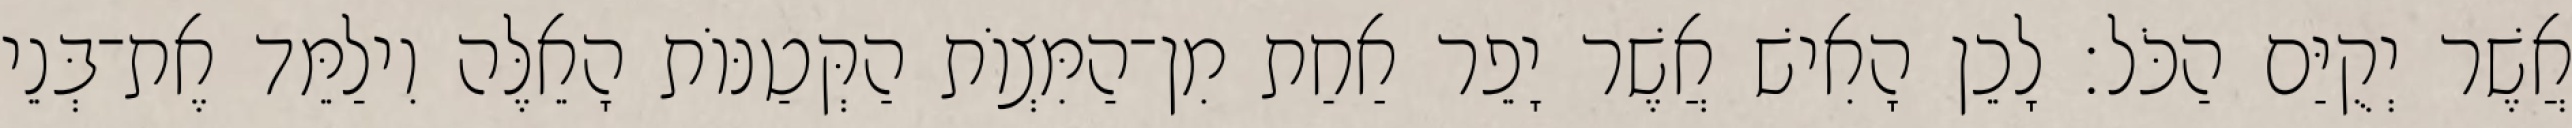
אֲשֶׁר יְקֻיַּם הַכֹּל׃ לָכֵן הָאִישׁ אֲשֶׁר יָפֵר אַחַת מִן־הַמִּצְוֹת הַקְּטַנּוֹת הָאֵלֶּה וִילַמֵּד אֶת־בְּנֵי